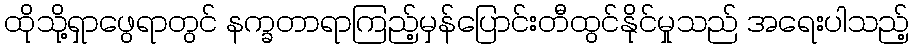
ထိုသို့ရှာဖွေရာတွင် နက္ခတာရာကြည့်မှန်ပြောင်းတီထွင်နိုင်မှုသည် အရေးပါသည့်